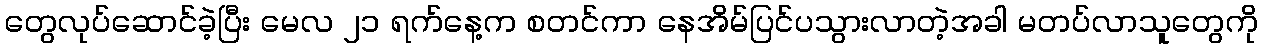
တွေလုပ်ဆောင်ခဲ့ပြီး မေလ ၂၁ ရက်နေ့က စတင်ကာ နေအိမ်ပြင်ပသွားလာတဲ့အခါ မတပ်လာသူတွေကို